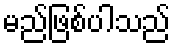
မည်ဖြစ်ပါသည်